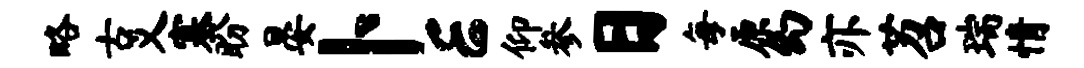
略古义塞盼晏卜E仰参日每原幻亦苕瑞情